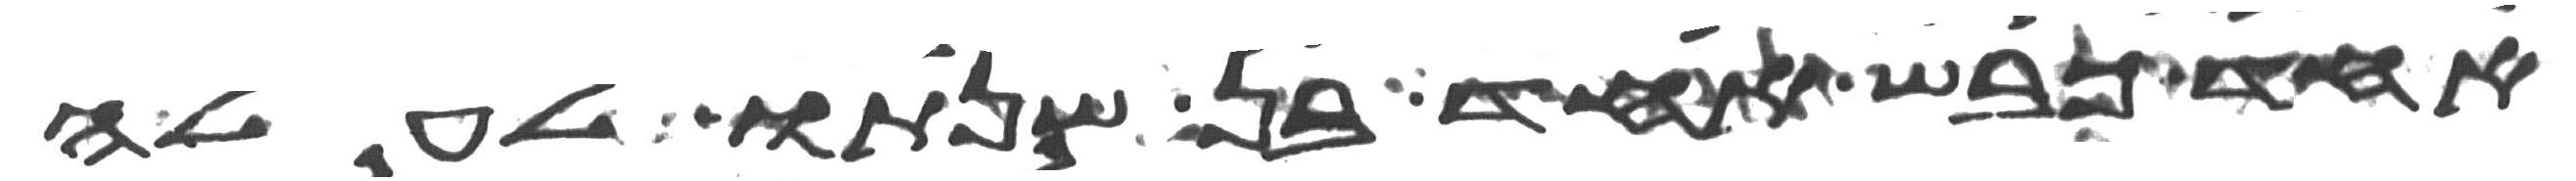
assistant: אחד כבש אחד בן שנתו לעלה